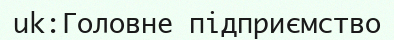
uk:Головне підприємство